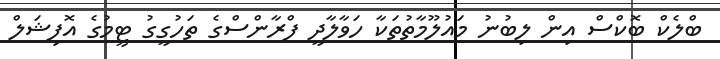
ބްލެކް ބޮކްސް އިން ލިބުނު މައުލޫމާތުތަކާ ހަވާލާދީ ފްރާންސްގެ ތަހުގީގު ޓީމުގެ އޮފިޝަލް